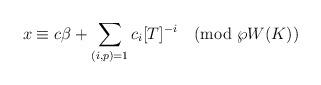
LaTeX: \begin{align*}x \equiv c \beta + \sum_{(i,p)=1} c_i [ T ]^{-i} \pmod{\wp W(K)}\end{align*}